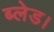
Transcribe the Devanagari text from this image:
ब्लेड।